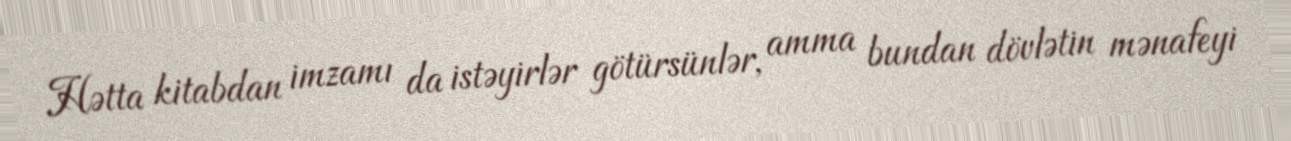
Hətta kitabdan imzamı da istəyirlər götürsünlər, amma bundan dövlətin mənafeyi